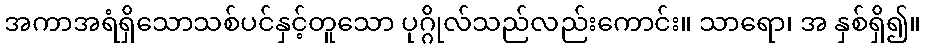
အကာအရံရှိသောသစ်ပင်နှင့်တူသော ပုဂ္ဂိုလ်သည်လည်းကောင်း။ သာရော၊ အ နှစ်ရှိ၍။